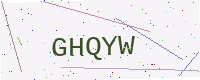
Text: GHQYW